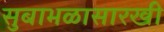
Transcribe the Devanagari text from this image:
सुबाभळासारखी